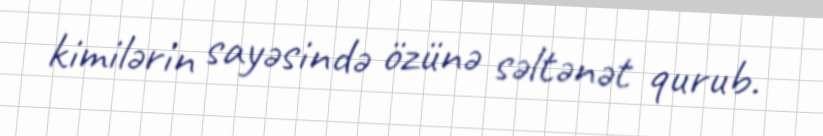
kimilərin sayəsində özünə səltənət qurub.